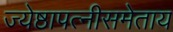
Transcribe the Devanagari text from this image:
ज्येष्ठापत्नीसमेताय